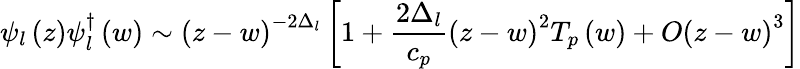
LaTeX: \psi_{l}\left(z\right)\psi_{l}^{\dagger}\left(w\right)\sim\left(z-w\right)^{-2\Delta_{l}}\left[1+\frac{2\Delta_{l}}{c_{p}}\left(z-w\right)^{2}T_{p}\left(w\right)+O\left(z-w\right)^{3}\right]